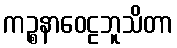
ကဉ္စနာဝေဠဘူသိတာ